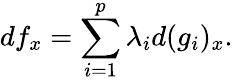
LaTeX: df_{x}=\sum_{i=1}^{p}\lambda_{i}d(g_{i})_{x}.